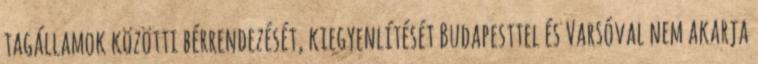
tagállamok közötti bérrendezését, kiegyenlítését Budapesttel és Varsóval nem akarja